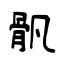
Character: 骪